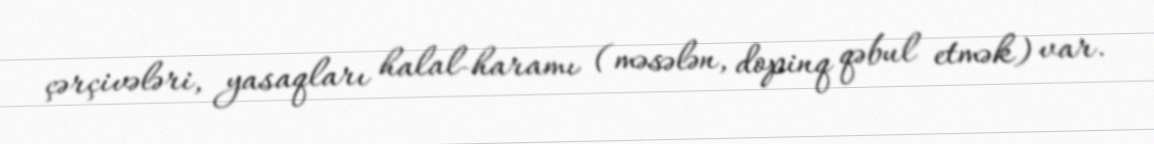
çərçivələri, yasaqları halal-haramı (məsələn, dopinq qəbul etmək) var.